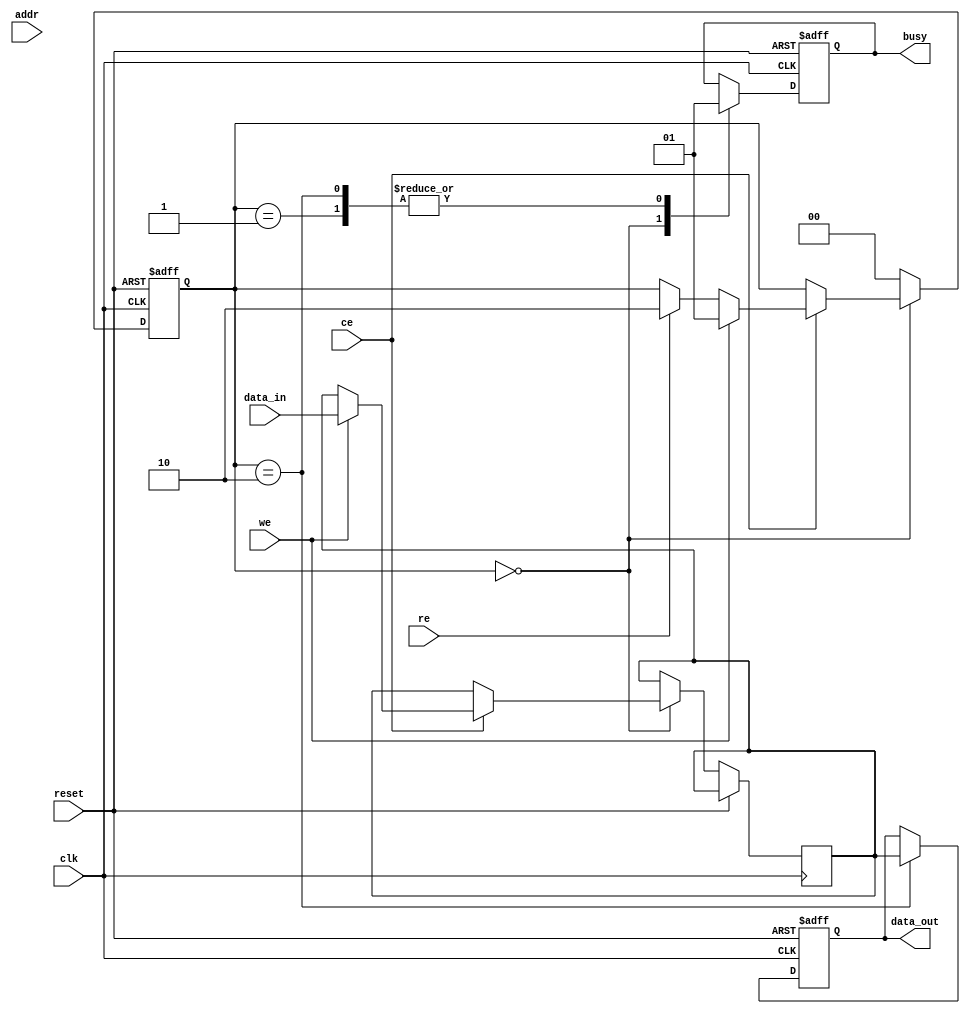
module FeRAM_IO (
    input wire clk,               // System Clock
    input wire reset,             // System Reset
    input wire ce,                // Chip Enable
    input wire we,                // Write Enable
    input wire re,                // Read Enable
    input wire [ADDRESS_WIDTH-1:0] addr, // Address bus
    input wire [DATA_WIDTH-1:0] data_in,  // Data Input
    output reg [DATA_WIDTH-1:0] data_out, // Data Output
    output wire busy              // Busy Indicator
);

// Parameters
parameter ADDRESS_WIDTH = 10;   // Example address width
parameter DATA_WIDTH = 8;        // Example data width

// Internal registers and wires
reg [DATA_WIDTH-1:0] data_buffer; // Input buffer
reg [ADDRESS_WIDTH-1:0] row_addr;  // Row address
reg [ADDRESS_WIDTH-1:0] col_addr;  // Column address
reg write_enable;                  // Local write enable
reg read_enable;                   // Local read enable
reg [1:0] state;                   // State for control logic

localparam IDLE = 2'b00;
localparam WRITE = 2'b01;
localparam READ = 2'b10;

// Timing control logic (simple state machine)
always @(posedge clk or posedge reset) begin
    if (reset) begin
        state <= IDLE;
        data_out <= 0;
        busy <= 0;
    end else begin
        case (state)
            IDLE: begin
                busy <= 0;
                if (ce) begin
                    if (we) begin
                        state <= WRITE;
                        data_buffer <= data_in; // Latch data
                        row_addr <= addr[ADDRESS_WIDTH-1:1]; // Decode row
                        col_addr <= addr[0]; // Decode column
                    end else if (re) begin
                        state <= READ;
                        row_addr <= addr[ADDRESS_WIDTH-1:1]; // Decode row
                        col_addr <= addr[0]; // Decode column
                    end
                end
            end
            
            WRITE: begin
                // Write driver logic (simulated)
                // Drive programming pulse to memory cells (not implemented)
                // ...
                // Transition back to idle state after write
                state <= IDLE;
                busy <= 1; // Indicating busy during operation
            end
            
            READ: begin
                // Read sense amplifier logic (simulated)
                // Here you would have logic that reads from memory cells
                // For now, we will simulate by outputting the data_buffer
                data_out <= data_buffer;
                state <= IDLE;
                busy <= 1; // Indicating busy during operation
            end
            
            default: state <= IDLE;
        endcase
    end
end

// Power Management Circuitry (optional, can add control for sleep/standby modes)
// ...

endmodule